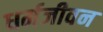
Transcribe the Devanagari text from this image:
धर्मजीवन